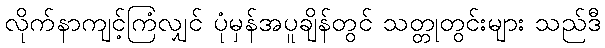
လိုက်နာကျင့်ကြံလျှင် ပုံမှန်အပူချိန်တွင် သတ္တုတွင်းများ သည်ဒီ